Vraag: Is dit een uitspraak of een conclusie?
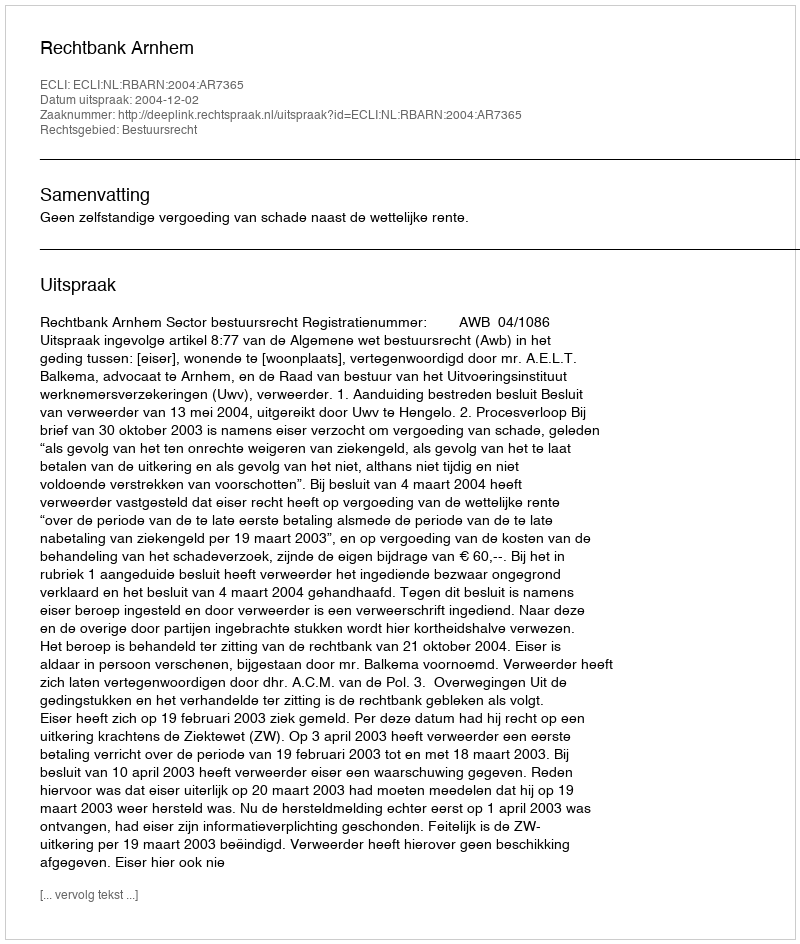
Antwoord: Uitspraak